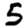
Digit: 5